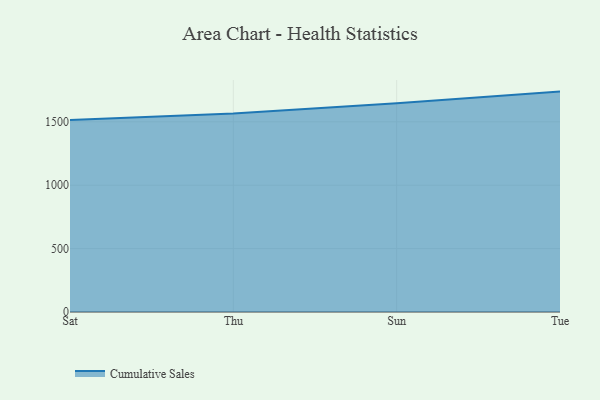
{"axis": {"x": "Day", "y": "Active Users"}, "legend": ["Cumulative Sales"], "data": [{"x": "Sat", "y": 1515.0, "type": "Cumulative Sales"}, {"x": "Thu", "y": 1565.3, "type": "Cumulative Sales"}, {"x": "Sun", "y": 1647.1, "type": "Cumulative Sales"}, {"x": "Tue", "y": 1738.3, "type": "Cumulative Sales"}]}